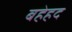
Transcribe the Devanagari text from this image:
बहेहद